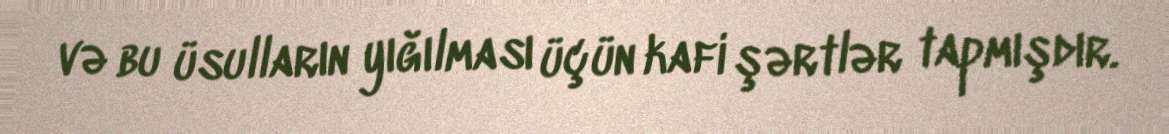
və bu üsulların yığılması üçün kafi şərtlər tapmışdır.